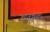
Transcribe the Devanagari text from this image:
खाटुकला